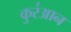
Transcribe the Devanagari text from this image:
कुर॑आन